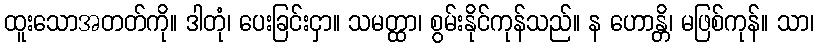
ထူးသောအတတ်ကို။ ဒါတုံ၊ ပေးခြင်းငှာ။ သမတ္ထာ၊ စွမ်းနိုင်ကုန်သည်။ န ဟောန္တိ၊ မဖြစ်ကုန်။ သာ၊